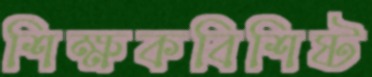
শিক্ষকবিশিষ্ট